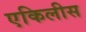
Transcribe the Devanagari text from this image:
एकिलीस